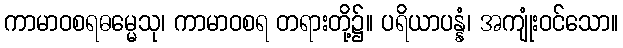
ကာမာဝစရဓမ္မေသု၊ ကာမာဝစရ တရားတို့၌။ ပရိယာပန္နံ၊ အကျုံးဝင်သော။